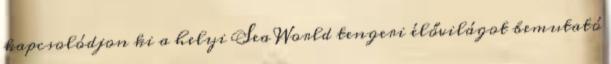
kapcsolódjon ki a helyi Sea World tengeri élővilágot bemutató